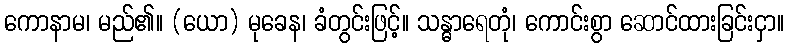
ကောနာမ၊ မည်၏။ (ယော) မုခေန၊ ခံတွင်းဖြင့်။ သန္ဓာရေတုံ၊ ကောင်းစွာ ဆောင်ထားခြင်းငှာ။